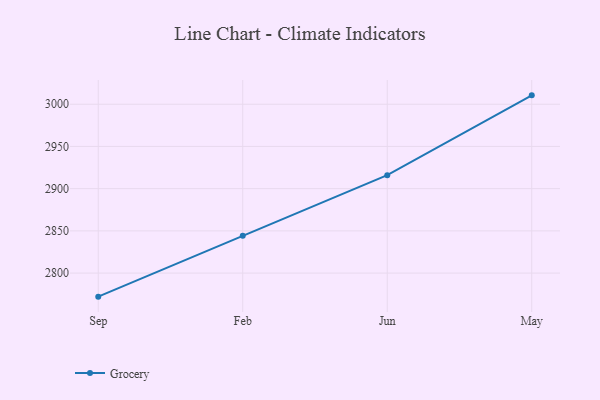
{"axis": {"x": "Month", "y": "Satisfaction Score"}, "legend": ["Grocery"], "data": [{"x": "Sep", "y": 2772.1, "type": "Grocery"}, {"x": "Feb", "y": 2844.1, "type": "Grocery"}, {"x": "Jun", "y": 2916.0, "type": "Grocery"}, {"x": "May", "y": 3010.5, "type": "Grocery"}]}